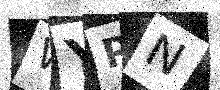
Text: WYPN